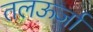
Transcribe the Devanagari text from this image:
तलऊर्जा